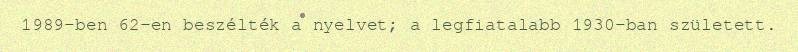
1989-ben 62-en beszélték a nyelvet; a legfiatalabb 1930-ban született.